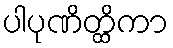
ပါပုဏိတ္ထိကာ